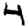
Digit: 4